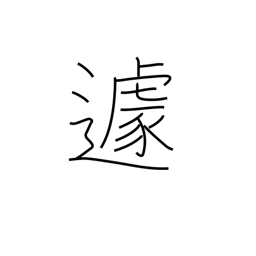
Meaning: agitation